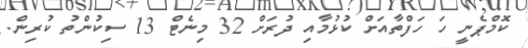
ކޮމްޕެނީ ހަ ހަފްތާއަށް ކުޅުމާއި ދުރަށް 32 މިނެޓް 13 ސިކުންތު ކުރިން.